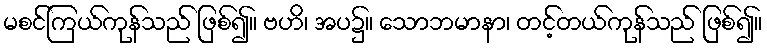
မစင်ကြယ်ကုန်သည် ဖြစ်၍။ ဗဟိ၊ အပ၌။ သောဘမာနာ၊ တင့်တယ်ကုန်သည် ဖြစ်၍။